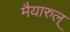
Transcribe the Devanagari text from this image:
मैयारुल्